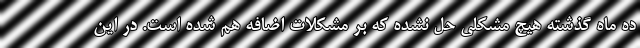
ده ماه گذشته هیچ مشکلی حل نشده که بر مشکلات اضافه هم شده است. در این